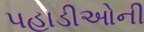
પહાડીઓની